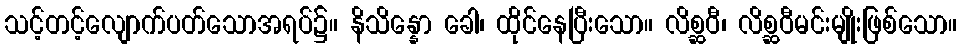
သင့်တင့်လျောက်ပတ်သောအရပ်၌။ နိသိန္နော ခေါ၊ ထိုင်နေပြီးသော။ လိစ္ဆဝီ၊ လိစ္ဆဝီမင်းမျိုးဖြစ်သော။